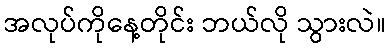
အလုပ်ကိုနေ့တိုင်း ဘယ်လို သွားလဲ။